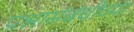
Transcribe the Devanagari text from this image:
प्रश्नासंबंधीच्या